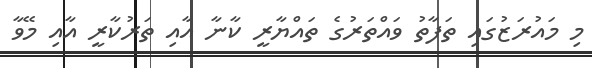
މި މައުރަޒުގައި ތަފާތު ވައްތަރުގެ ތައްޔާރީ ކާނާ އާއި ތަރުކާރީ އާއި މޭވާ